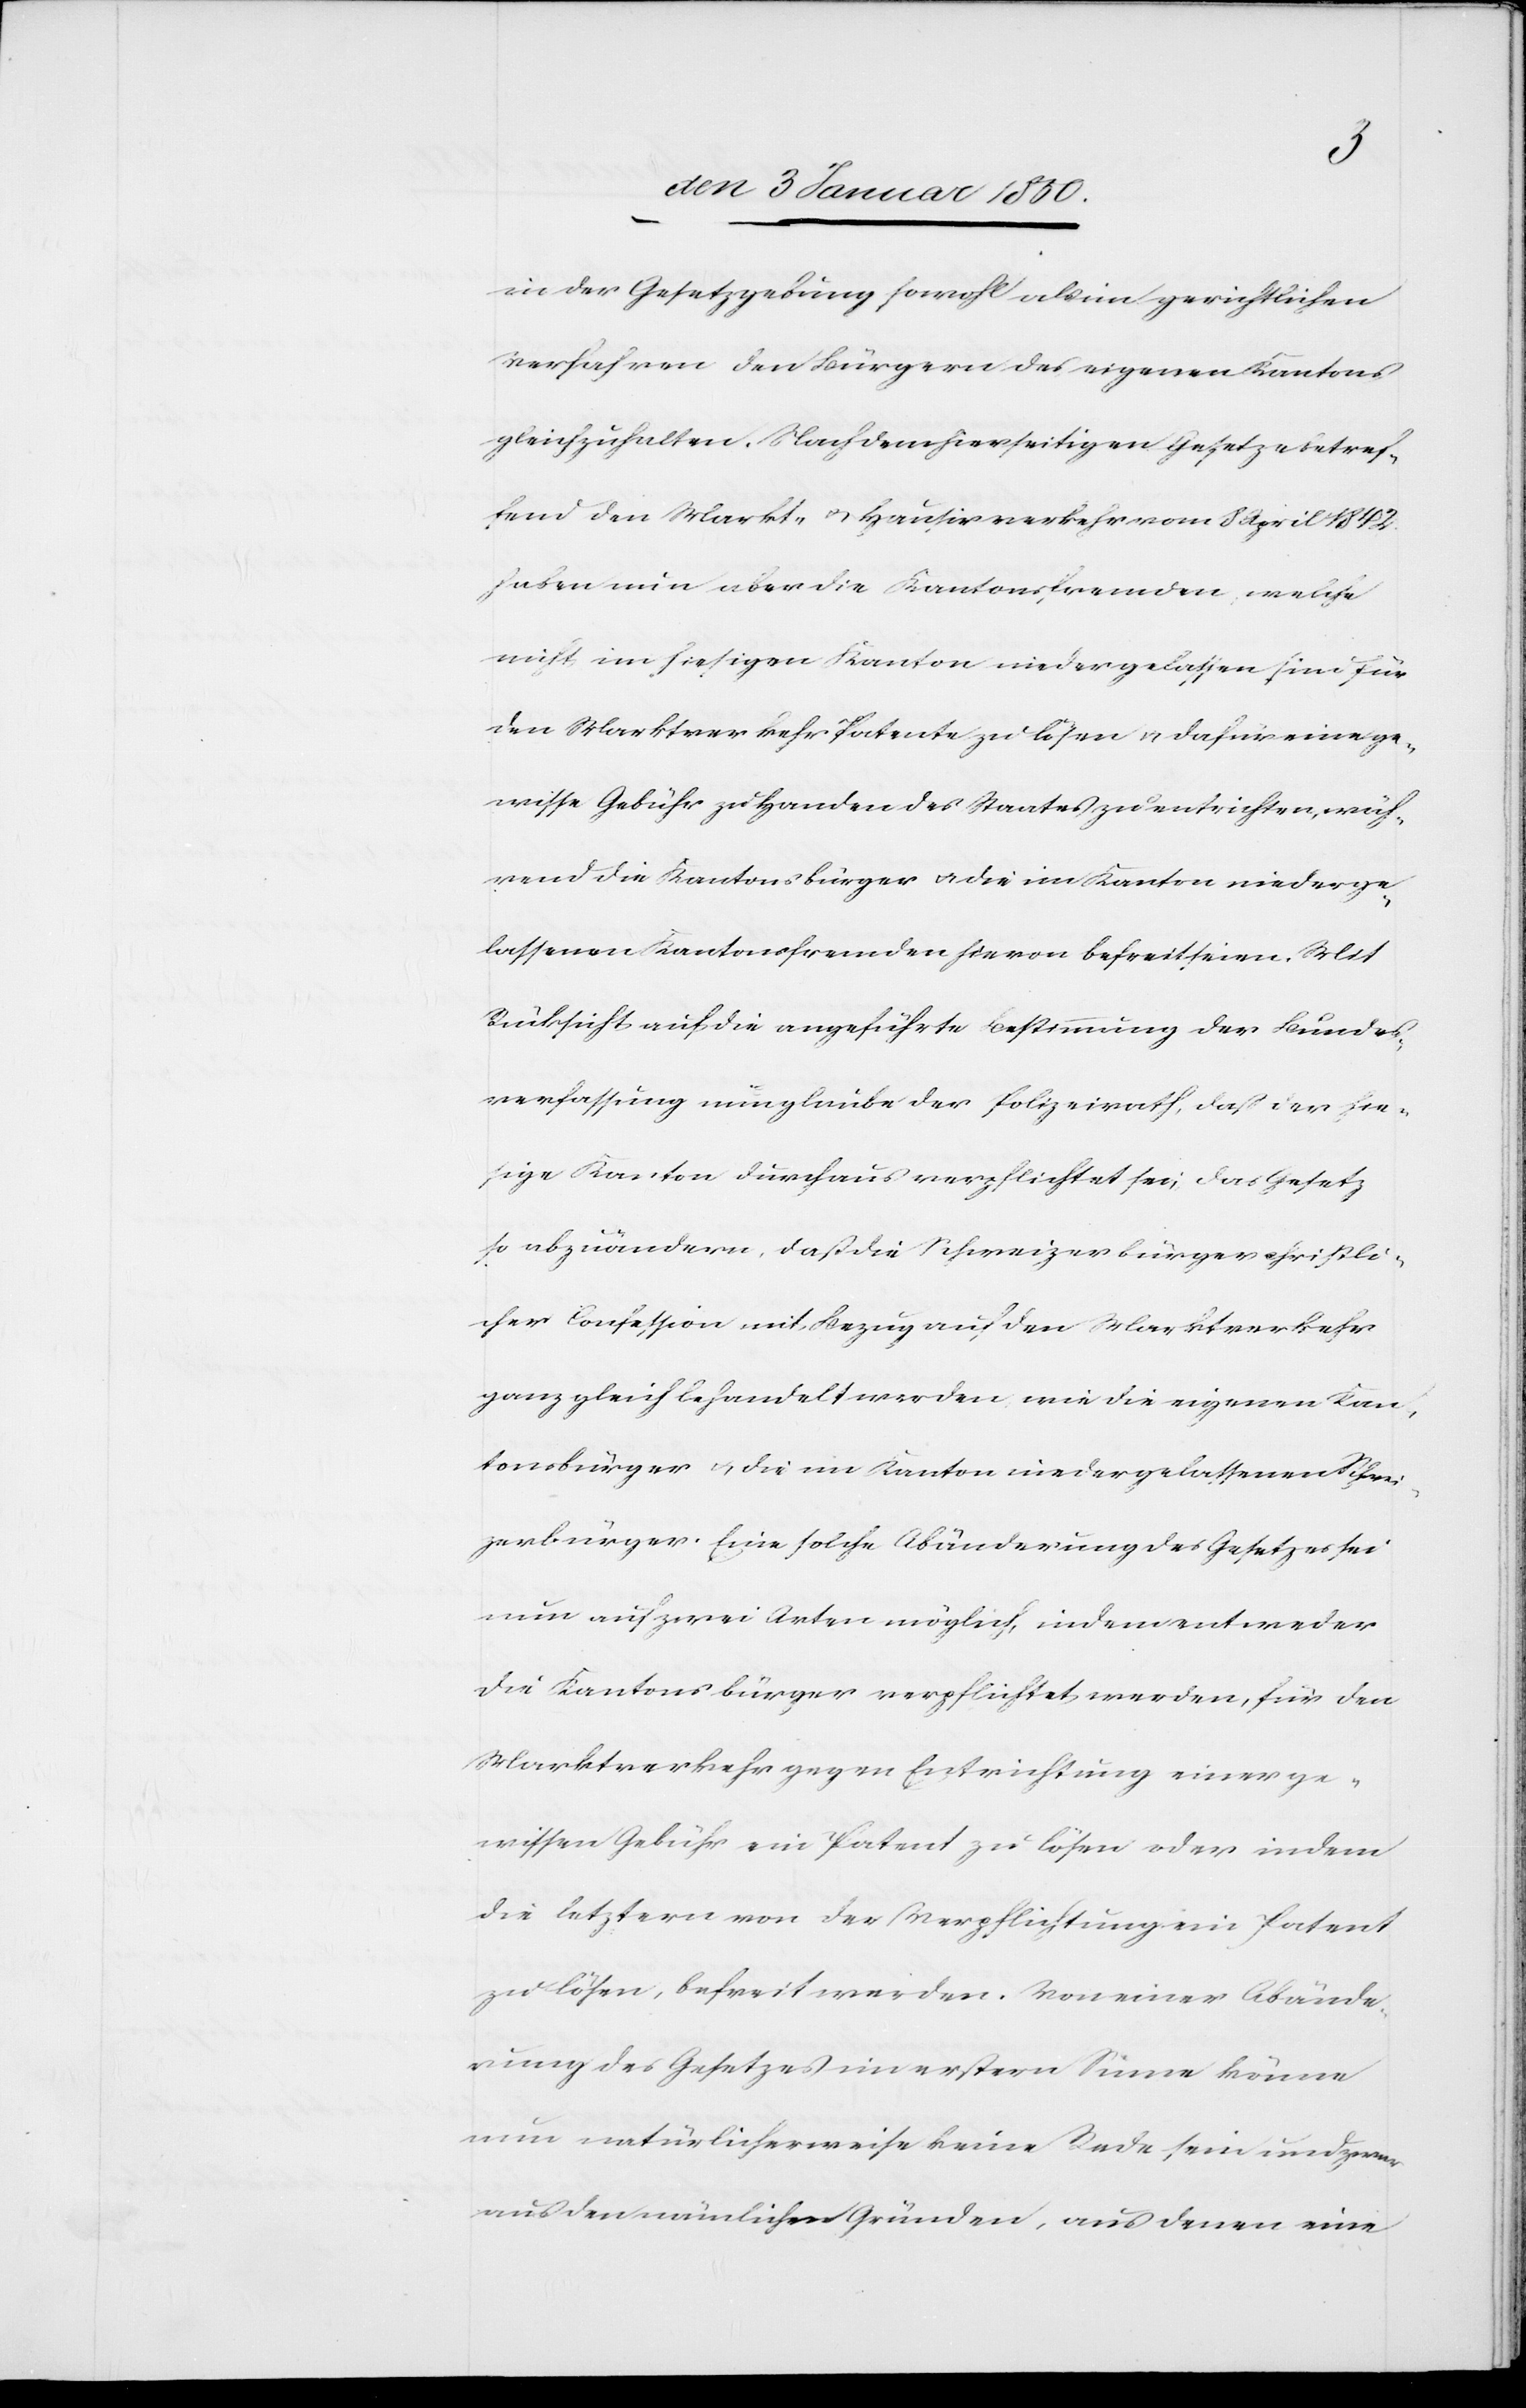
in der Gesetzgebung sowohl als im gerichtlichen
Verfahren den Bürgern des eigenen Kantons
gleichzuhalten. Nach dem hierseitigen Gesetze betref¬
fend den Markt- u. Hausirverkehr vom 8 April 1842
haben nun aber die Kantonsfremden, welche
nicht im hiesigen Kantone niedergelassen sind für
den Marktverkehr Patente zu lösen u. dafür eine ge¬
wisse Gebühr zu Handen des Staates zu entrichten, wäh¬
rend die Kantonsbürger u. die im Kanton niederge¬
lassenen Kantonsfremden hievon befreit seien. Mit
Rücksicht auf die angeführte Bestimmung der Bundes¬
verfassung nun glaube der Polizeirath, daß der hie¬
sige Kanton durchaus verpflichtet sei, das Gesetz
so abzuändern, daß die Schweizerbürger christli¬
cher Confession mit Bezug auf den Marktverkehr
ganz gleich behandelt werden wie die eigenen Kan¬
tonsbürger u. die im Kanton niedergelassenen Schwei¬
zerbürger. Eine solche Abänderung des Gesetzes sei
nun auf zwei Arten möglich, indem entweder
die Kantonsbürger verpflichtet werden, für den
Marktverkehr gegen Entrichtung einer ge¬
wissen Gebühr ein Patent zu lösen oder indem
die letztern von der Verpflichtung ein Patent
zu lösen, befreit werden. Von einer Abände¬
rung des Gesetzes im erstern Sinne könne
nun natürlicherweise keine Rede sein und zwar
aus den nämlichen Gründen, aus denen eine